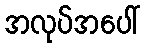
အလုပ်အပေါ်